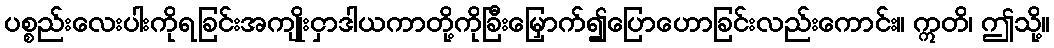
ပစ္စည်းလေးပါးကိုရခြင်းအကျိုးငှာဒါယကာတို့ကိုခြီးမြှောက်၍ပြောဟောခြင်းလည်းကောင်း။ ဣတိ၊ ဤသို့။